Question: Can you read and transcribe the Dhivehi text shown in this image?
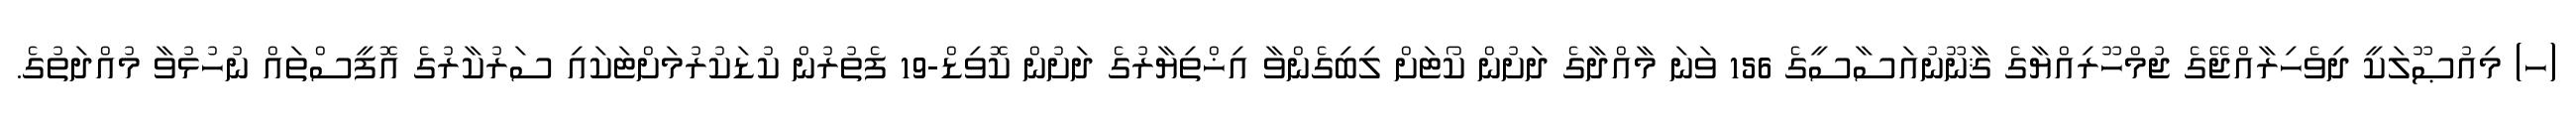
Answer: (ހ) މިއުޞޫލަކީ ދިވެހިރާއްޖޭގެ ޖުމްހޫރިއްޔާގެ ޤާނޫނުއަސާސީގެ 156 ވަނަ މާއްދާގެ ދަށުން ކޯޓަށް ލިބިގެންވާ އިޚްތިޔާރުގެ ދަށުން ކޮވިޑް-19 ފެތުރުން ކުޑަކުރުމަށްޓަކައި ސަރުކާރުގެ އޮފީސްތައް ނުހުޅުވާ މުއްދަތުގެ.